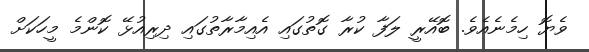
ވެޔޮ ހިމެނެއެވެ. ބޮއޭރީ ލަފާ ކުރާ ގޮތުގައި އެއިމާރާތުގައި ދިރިއުޅޭ ކޮންމެ މީހަކަށް